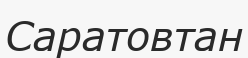
Саратовтан